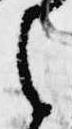
候